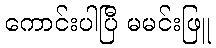
ကောင်းပါပြီ မမင်းဖြူ